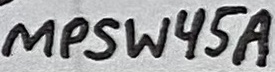
Text: MPSW45A